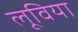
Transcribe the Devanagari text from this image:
लूविया